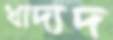
খাদ্যদ